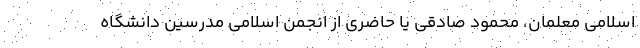
اسلامی معلمان، محمود صادقی یا حاضری از انجمن اسلامی مدرسین دانشگاه